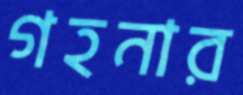
গহনার